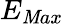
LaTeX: E_{\mathit{M}ax}